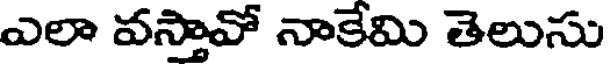
ఎలా వస్తావో నాకేమి తెలుసు